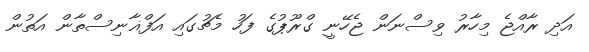
އަދި ރާއްޖެ މިހާރު ވިސްނަން ޖެހޭނީ ގްރޫޕުގެ ފަހު މެޗުގައި އަފްޣާނިސްތާން އަތުން